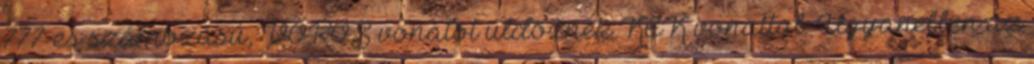
777-es számozású, VÖRÖS vonatot üldöznek KÉK vonattal. Ugyanebben az